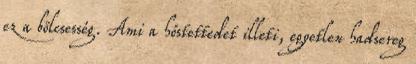
ez a bölcsesség. Ami a hőstettedet illeti, egyetlen hadsereg